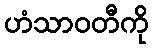
ဟံသာဝတီကို